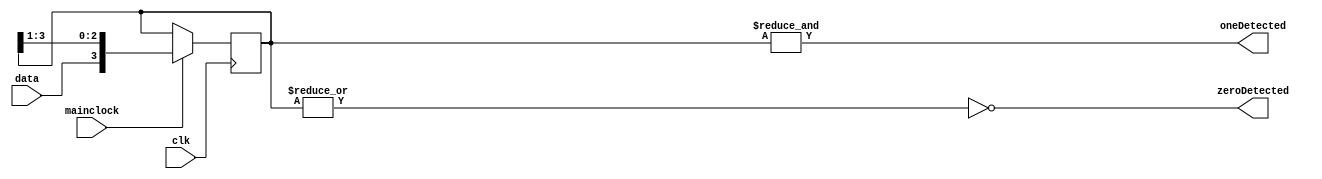
`timescale 1ns / 1ps
module bitChecker(input data,clk,mainclock,output zeroDetected, oneDetected);
//mainClock is the baudClock
//clk is higher frequency clock used for sampling data
reg[3:0] ffs;
assign oneDetected=&ffs;
assign zeroDetected=~|ffs;
always@(posedge clk)
if(mainclock)
ffs<={data,ffs[3:1]};
endmodule